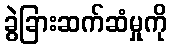
ခွဲခြားဆက်ဆံမှုကို